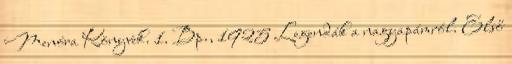
Menóra Könyvek. 1. Bp., 1925 Legendák a nagyapámról. Első